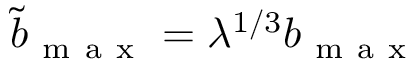
\tilde { b } _ { \mathrm { ~ m ~ a ~ x ~ } } = \lambda ^ { 1 / 3 } b _ { \mathrm { ~ m ~ a ~ x ~ } }